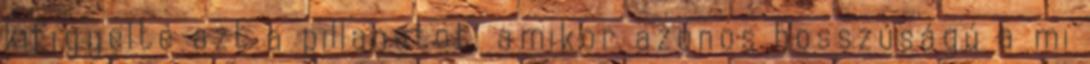
kifigyelte azt a pillanatot, amikor azonos hosszúságú a mi